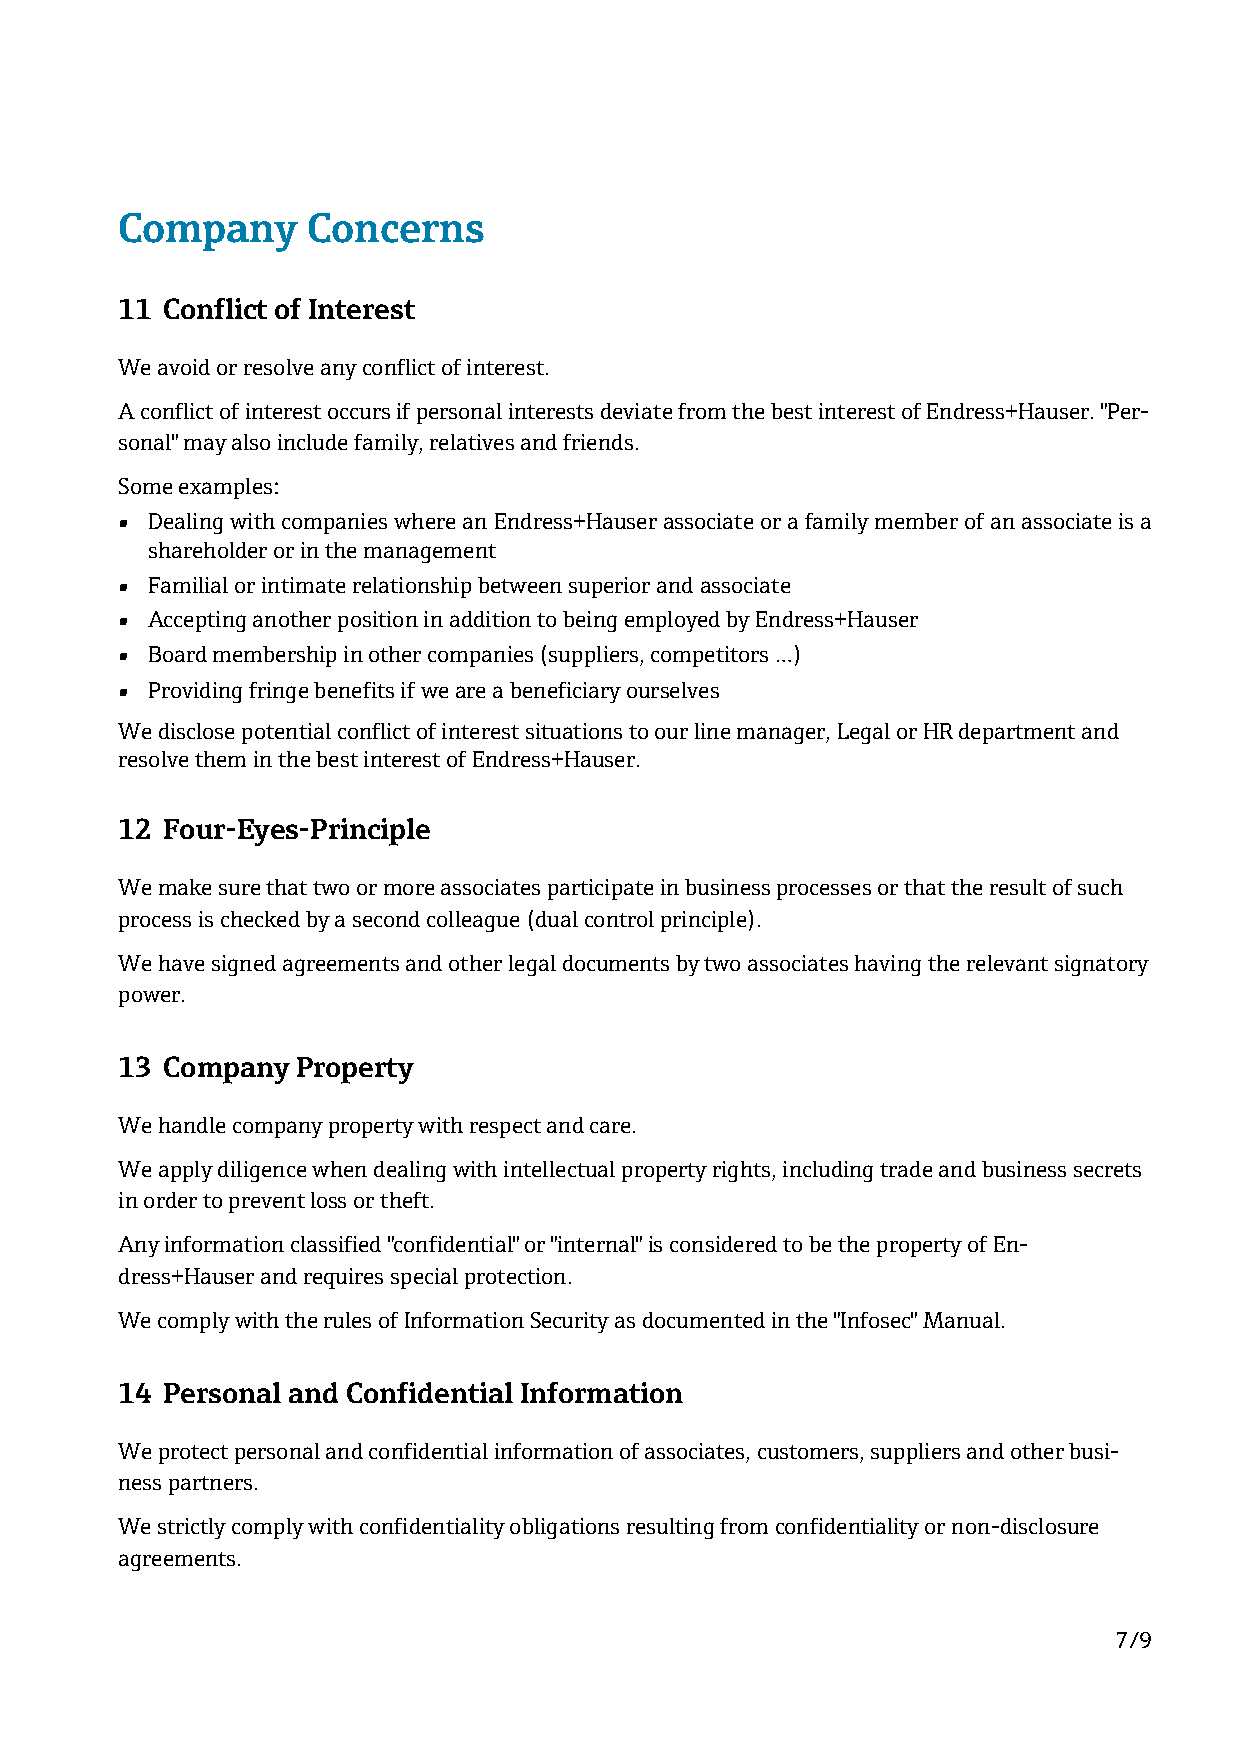
Company     Concerns
 11 Conflict of Interest
 We avoid or resolve any conflict of interest.
 A conflict of interest occurs if personal interests deviate from the best interest of Endress+Hauser. "Per-
 sonal" may also include family, relatives and friends.
 Some examples:
 • Dealing with companies where an Endress+Hauser associate or a family member of an associate is a
 shareholder or in the management
 • Familial or intimate relationship between superior and associate
 • Accepting another position in addition to being employed by Endress+Hauser
 • Board membership in other companies (suppliers, competitors …)
 • Providing fringe benefits if we are a beneficiary ourselves
 We disclose potential conflict of interest situations to our line manager, Legal or HR department and
 resolve them in the best interest of Endress+Hauser.
 12 Four-Eyes-Principle
 We make sure that two or more associates participate in business processes or that the result of such
 process is checked by a second colleague (dual control principle).
 We have signed agreements and other legal documents by two associates having the relevant signatory
 power.
 13 Company  Property
 We handle company property with respect and care.
 We apply diligence when dealing with intellectual property rights, including trade and business secrets
 in order to prevent loss or theft.
 Any information classified "confidential" or "internal" is considered to be the property of En-
 dress+Hauser and requires special protection.
 We comply with the rules of Information Security as documented in the "Infosec" Manual.
 14 Personal and Confidential Information
 We protect personal and confidential information of associates, customers, suppliers and other busi-
 ness partners.
 We strictly comply with confidentiality obligations resulting from confidentiality or non-disclosure
 agreements.
 7/9